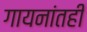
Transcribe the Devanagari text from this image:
गायनांतही